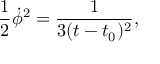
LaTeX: { \frac { 1 } { 2 } \dot { \phi } ^ { 2 } = \frac { 1 } { 3 ( t - t _ { 0 } ) ^ { 2 } } , }